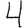
Digit: 4